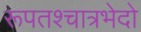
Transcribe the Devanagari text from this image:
रूपतश्चात्रभेदो